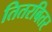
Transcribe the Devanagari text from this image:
तितरबितर